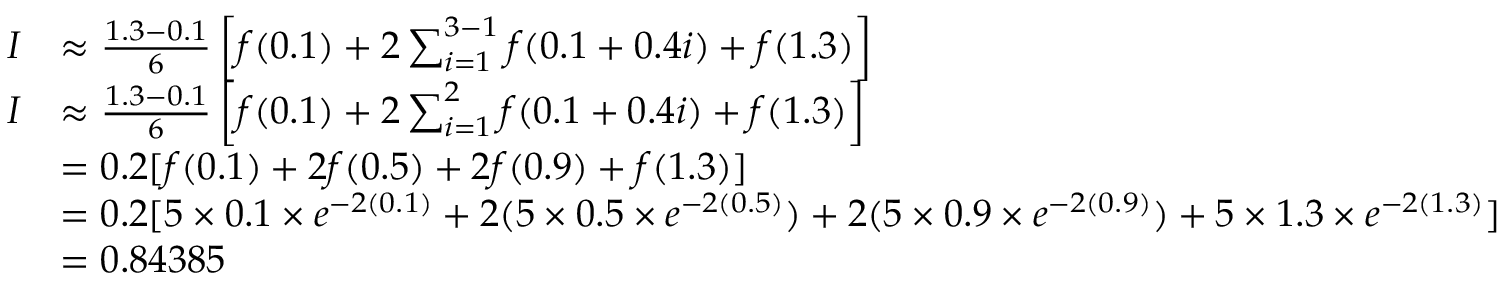
{ \begin{array} { r l } { I } & { \approx { \frac { 1 . 3 - 0 . 1 } { 6 } } \left\lbrack f ( 0 . 1 ) + 2 \sum _ { i = 1 } ^ { 3 - 1 } { f ( 0 . 1 + 0 . 4 i ) } + f ( 1 . 3 ) \right\rbrack } \\ { I } & { \approx { \frac { 1 . 3 - 0 . 1 } { 6 } } \left\lbrack f ( 0 . 1 ) + 2 \sum _ { i = 1 } ^ { 2 } { f ( 0 . 1 + 0 . 4 i ) } + f ( 1 . 3 ) \right\rbrack } \\ & { = 0 . 2 \lbrack f ( 0 . 1 ) + 2 f ( 0 . 5 ) + 2 f ( 0 . 9 ) + f ( 1 . 3 ) \rbrack } \\ & { = 0 . 2 [ 5 \times 0 . 1 \times e ^ { - 2 ( 0 . 1 ) } + 2 ( 5 \times 0 . 5 \times e ^ { - 2 ( 0 . 5 ) } ) + 2 ( 5 \times 0 . 9 \times e ^ { - 2 ( 0 . 9 ) } ) + 5 \times 1 . 3 \times e ^ { - 2 ( 1 . 3 ) } \rbrack } \\ & { = 0 . 8 4 3 8 5 } \end{array} }